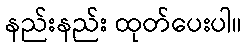
နည်းနည်း ထုတ်ပေးပါ။